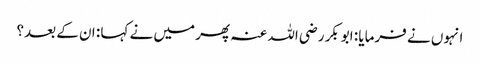
انہوں نے فرمایا : ابوبکر رضی اللہ عنہ پھر میں نے کہا : ان کے بعد؟